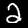
Digit: 2